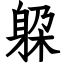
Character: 躱